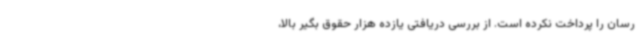
رسان را پرداخت نکرده است. از بررسی دریافتی یازده هزار حقوق بگیر بالا،